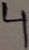
Text: 4